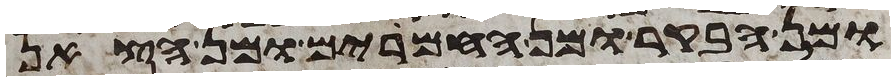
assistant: ומן הבקר ומן החמרים ומן הצאן